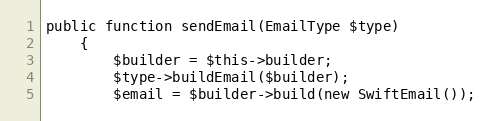
Language: PHP
public function sendEmail(EmailType $type)
    {
        $builder = $this->builder;
        $type->buildEmail($builder);
        $email = $builder->build(new SwiftEmail());